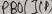
Text: PB0